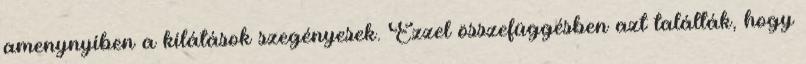
amenynyiben a kilátások szegényesek. Ezzel összefüggésben azt találták, hogy